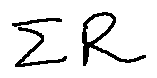
\sum R